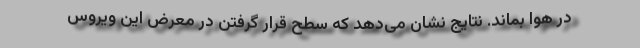
در هوا بماند. نتایج نشان می‌دهد که سطح قرار گرفتن در معرض این ویروس